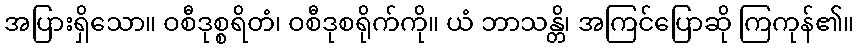
အပြားရှိသော။ ဝစီဒုစ္စရိတံ၊ ဝစီဒုစရိုက်ကို။ ယံ ဘာသန္တိ၊ အကြင်ပြောဆို ကြကုန်၏။